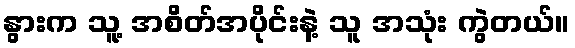
နွားက သူ့ အစိတ်အပိုင်းနဲ့ သူ အသုံး ကွဲတယ်။